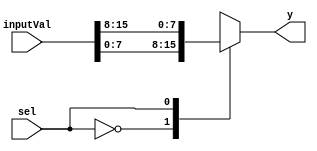
`timescale 1ns / 1ps
//////////////////////////////////////////////////////////////////////////////////
// Company: University of Kentucky
// 
// Design Name: 
// Module Name:    mux2x1
// Project Name: 
// Target Devices: 
// Tool versions: 
// Description: 
//
// Dependencies: 
//
// Revision: 
// Revision 0.01 - File Created
// Additional Comments: 
//
//////////////////////////////////////////////////////////////////////////////////
module mux2x1 #(
	parameter size = 8)(
    input sel,
    input [size*2-1:0] inputVal,
    output reg [size-1:0] y
    );

	always @(sel, inputVal) begin
		case(sel)
			1'b0: y = inputVal[size-1:0];
			1'b1: y = inputVal[(size*2)-1:size];
		endcase
	end
endmodule